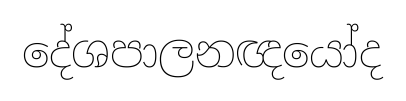
දේශපාලනඥයෝද